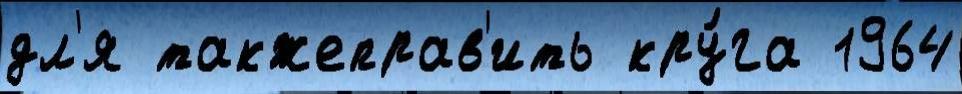
дл'я такжеправ'ить кру́га 1964